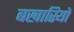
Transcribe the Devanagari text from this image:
बखारियों